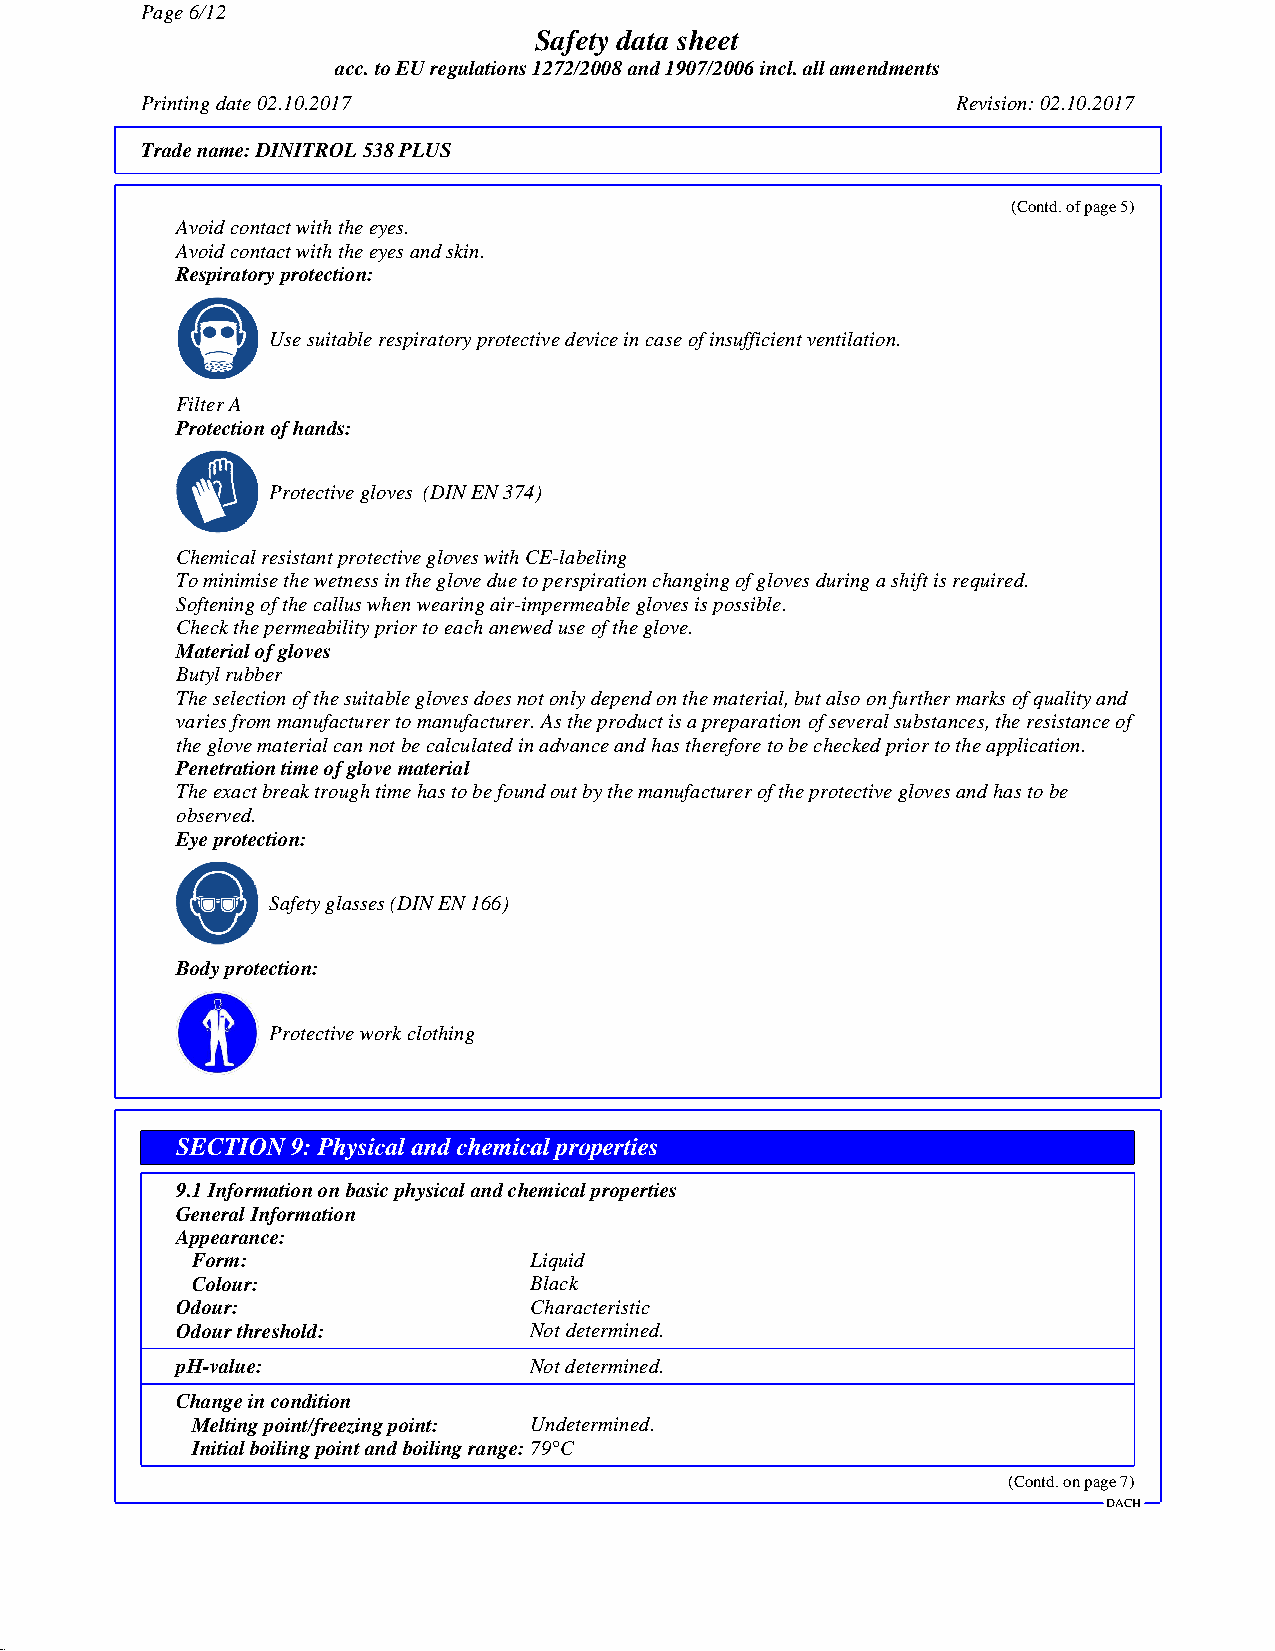
Page 6/12
 Safety data sheet
 acc. to EU regulations 1272/2008 and 1907/2006 incl. all amendments
 Printing date 02.10.2017                              Revision: 02.10.2017
 Trade name:DINITROL 538 PLUS
 (Contd. of page 5)
 Avoid contact with the eyes.
 Avoid contact with the eyes and skin.
 Respiratory protection:
 Use suitable respiratory protective device in case of insufficient ventilation.
 Filter A
 Protection of hands:
 Protective gloves (DIN EN 374)
 Chemical resistant protective gloves with CE-labeling
 To minimise the wetness in the glove due to perspiration changing of gloves during a shift is required.
 Softening of the callus when wearing air-impermeable gloves is possible.
 Check the permeability prior to each anewed use of the glove.
 Material of gloves
 Butyl rubber
 The selection of the suitable gloves does not only depend on the material, but also on further marks of quality and
 varies from manufacturer to manufacturer. As the product is a preparation of several substances, the resistance of
 the glove material can not be calculated in advance and has therefore to be checked prior to the application.
 Penetration time of glove material
 The exact break trough time has to be found out by the manufacturer of the protective gloves and has to be
 observed.
 Eye protection:
 Safety glasses (DIN EN 166)
 Body protection:
 Protective work clothing
 SECTION 9: Physical and chemical properties
 9.1 Information on basic physical and chemical properties
 General Information
 Appearance:
 Form:                 Liquid
 Colour:               Black
 Odour:                 Characteristic
 Odour threshold:       Not determined.
 pH-value:              Not determined.
 Change in condition
 Melting point/freezing point: Undetermined.
 Initial boiling point and boiling range:79°C
 (Contd. on page 7)
 DACH
 45.2.5